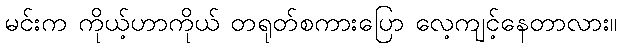
မင်းက ကိုယ့်ဟာကိုယ် တရုတ်စကားပြော လေ့ကျင့်နေတာလား။